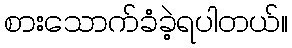
စားသောက်ခံခဲ့ရပါတယ်။